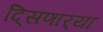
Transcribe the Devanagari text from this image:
दि्सणार्‍या